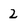
Character: 2